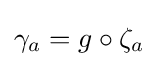
\gamma _{a}=g\circ \zeta _{a}